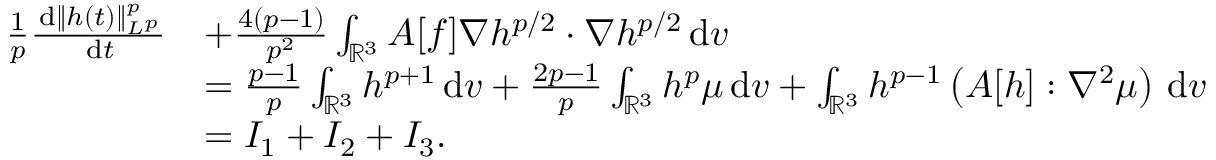
\begin{array} { r l } { \frac { 1 } { p } \frac { \, \mathrm { d } \| h ( t ) \| _ { L ^ { p } } ^ { p } } { \, \mathrm { d } t } } & { + \frac { 4 ( p - 1 ) } { p ^ { 2 } } \int _ { \ensuremath { { \mathbb R } } ^ { 3 } } A [ f ] \nabla h ^ { p / 2 } \cdot \nabla h ^ { p / 2 } \, \mathrm { d } v } \\ & { = \frac { p - 1 } { p } \int _ { \ensuremath { { \mathbb R } } ^ { 3 } } h ^ { p + 1 } \, \mathrm { d } v + \frac { 2 p - 1 } { p } \int _ { \ensuremath { { \mathbb R } } ^ { 3 } } h ^ { p } \mu \, \mathrm { d } v + \int _ { \ensuremath { { \mathbb R } } ^ { 3 } } h ^ { p - 1 } \left( A [ h ] : \nabla ^ { 2 } \mu \right) \, \mathrm { d } v } \\ & { = I _ { 1 } + I _ { 2 } + I _ { 3 } . } \end{array}